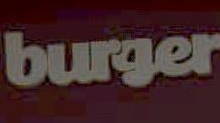
burger